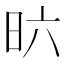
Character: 𣅶